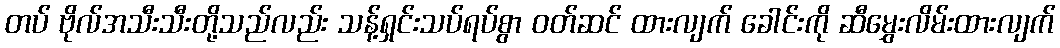
တပ် ဗိုလ်အသီးသီးတို့သည်လည်း သန့်ရှင်းသပ်ရပ်စွာ ဝတ်ဆင် ထားလျက် ခေါင်းကို ဆီမွှေးလိမ်းထားလျက်